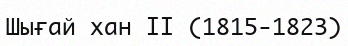
Шығай хан ІІ (1815-1823)